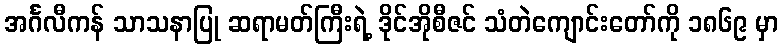
အင်္ဂလီကန် သာသနာပြု ဆရာမတ်ကြီးရဲ့ ဒိုင်အိုစီဇင် သံတဲကျောင်းတော်ကို ၁၈၆၉ မှာ